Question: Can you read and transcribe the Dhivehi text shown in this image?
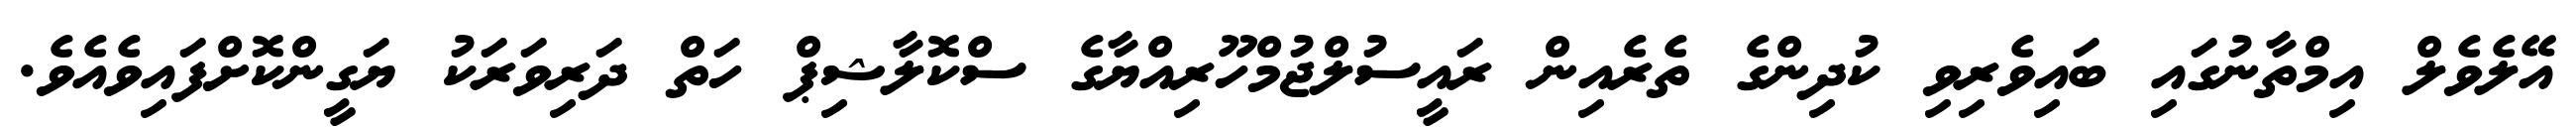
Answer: އޭލެވެލް އިމްތާނުގައި ބައިވެރިވި ކުދިންގެ ތެރެއިން ރައީސުލްޖުމްހޫރިއްޔާގެ ސްކޮލާޝިޕް ހަތް ދަރިވަރަކު ޔަގީންކޮށްފައިވެއެވެ.